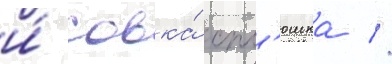
и́ совка́ спл'юшка //